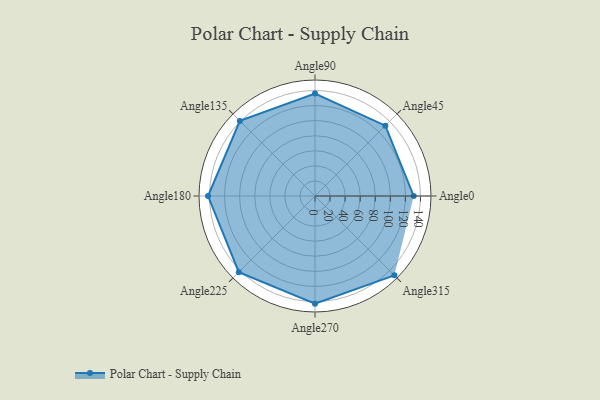
{"axis": {"x": "Angle", "y": "Radius"}, "legend": [""], "data": [{"x": "Angle0", "y": 131.0, "type": ""}, {"x": "Angle45", "y": 132.0, "type": ""}, {"x": "Angle90", "y": 136.0, "type": ""}, {"x": "Angle135", "y": 141.0, "type": ""}, {"x": "Angle180", "y": 142.0, "type": ""}, {"x": "Angle225", "y": 143.0, "type": ""}, {"x": "Angle270", "y": 143.0, "type": ""}, {"x": "Angle315", "y": 149.0, "type": ""}]}